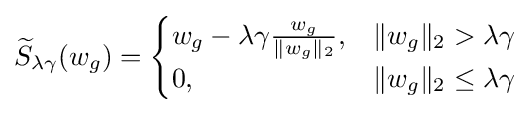
{\widetilde {S}}_{\lambda \gamma }(w_{g})={\begin{cases}w_{g}-\lambda \gamma {\frac {w_{g}}{\|w_{g}\|_{2}}},&\|w_{g}\|_{2}>\lambda \gamma \\0,&\|w_{g}\|_{2}\leq \lambda \gamma \end{cases}}